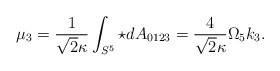
\begin{align*}\mu_ 3 = \frac{1}{\sqrt{2}\kappa}\int_{S^5} \star d A_{0123} =\frac{4}{\sqrt{2}\kappa }\Omega_5 k_3 .\end{align*}